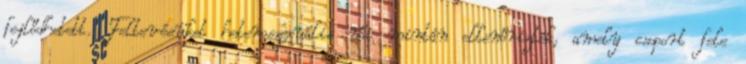
fejlődhetett. Feltevésüket heteroszexuális női mintán ellenőrizték, amely csoport fele